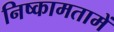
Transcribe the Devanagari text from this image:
निष्कामतामें